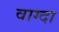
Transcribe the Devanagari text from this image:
वाग्दा